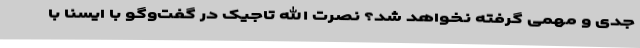
جدی و مهمی گرفته نخواهد شد؟ نصرت الله تاجیک در گفت‌وگو با ایسنا با